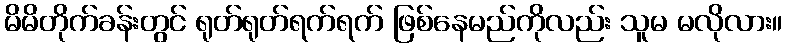
မိမိတိုက်ခန်းတွင် ရုတ်ရုတ်ရက်ရက် ဖြစ်နေမည်ကိုလည်း သူမ မလိုလား။